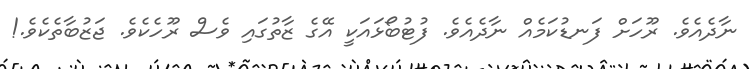
ނާދެއެވެ. ރޫހަށް ފަނޑުކަމެއް ނާދެއެވެ. ފުޓުބޯޅައަކީ އޭގެ ޒާތުގައި ވެސް ރޫހެކެވެ. ޖަޒުބާތެކެވެ.!